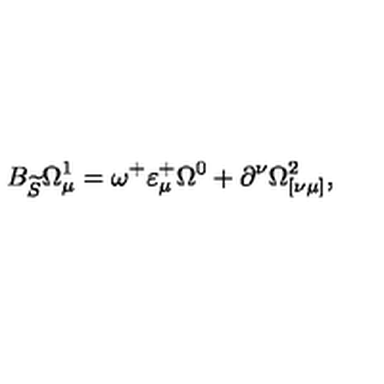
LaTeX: B _ { \widetilde { S } } \Omega _ { \mu } ^ { 1 } = \omega ^ { + } \varepsilon _ { \mu } ^ { + } \Omega ^ { 0 } + \partial ^ { \nu } \Omega _ { [ \nu \mu ] } ^ { 2 } ,